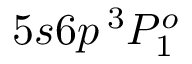
5 s 6 p \, ^ { 3 } P _ { 1 } ^ { o }